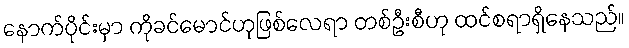
နောက်ပိုင်းမှာ ကိုခင်မောင်ဟုဖြစ်လေရာ တစ်ဦးစီဟု ထင်စရာရှိနေသည်။